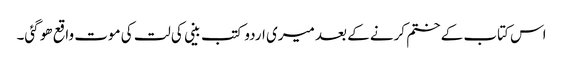
اس کتاب کے ختم کرنے کے بعد میری اردو کتب بینی کی لت کی موت واقع ھو گئی۔